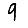
Digit: 9